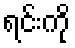
ရင်းကို